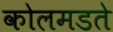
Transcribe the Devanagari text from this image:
कोलमडते